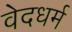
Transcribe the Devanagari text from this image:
वेदधर्म